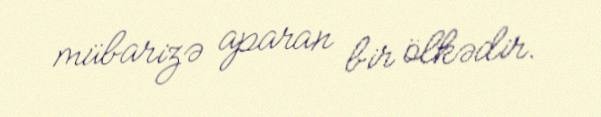
mübarizə aparan bir ölkədir.